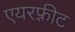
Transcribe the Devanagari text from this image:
एयरफ़्रीट